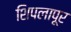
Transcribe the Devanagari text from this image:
शिपलापूर